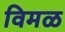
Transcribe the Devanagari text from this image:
विमळ